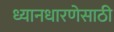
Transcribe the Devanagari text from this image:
ध्यानधारणेसाठी